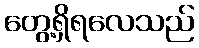
တွေ့ရှိရလေသည်